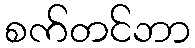
စက်တင်ဘာ